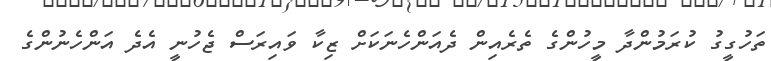
ތަހުގީގު ކުރަމުންދާ މީހުންގެ ތެރެއިން ދެއަންހެނަކަށް ޒިކާ ވައިރަސް ޖެހުނީ އެދެ އަންހެނުންގެ